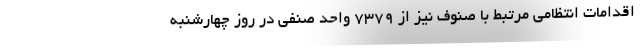
اقدامات انتظامی مرتبط با صنوف نیز از ۷۳۷۹ واحد صنفی در روز چهارشنبه